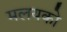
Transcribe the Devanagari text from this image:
मलयको